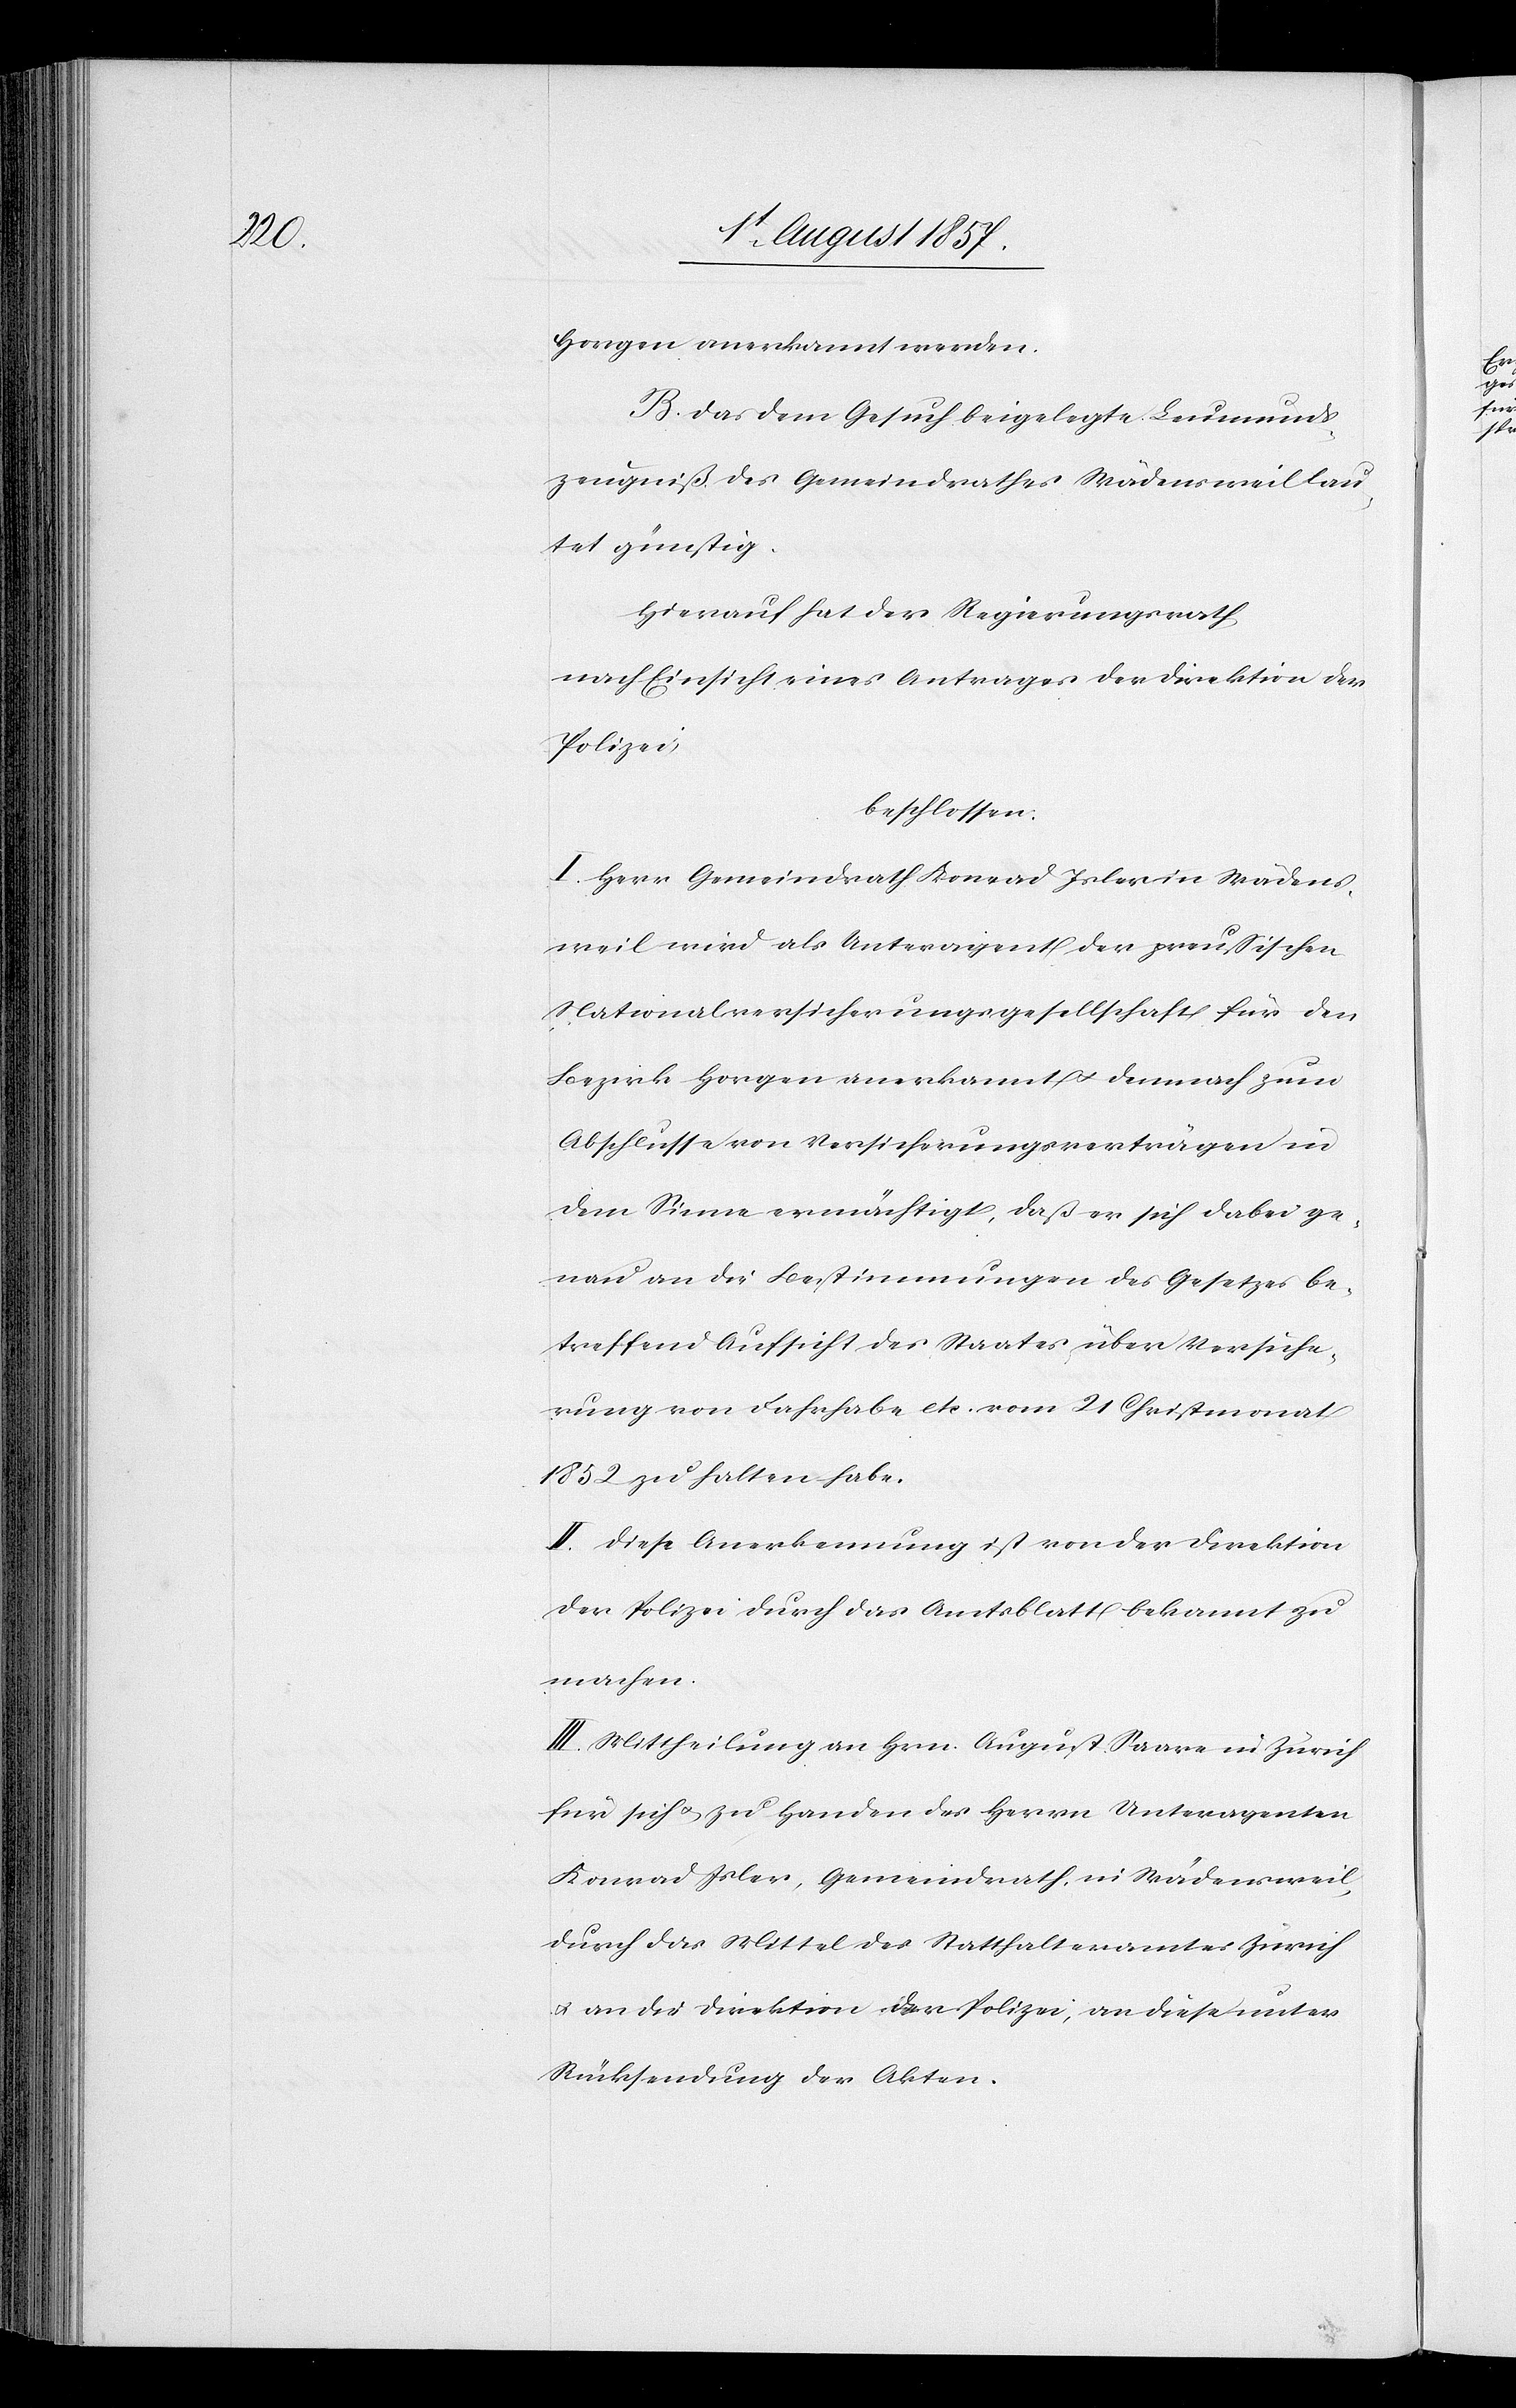
Horgen anerkannt werden.
B. Das dem Gesuch beigelegte Leumunds¬
zeugniß des Gemeindrathes Wädensweil lau¬
tet günstig.
Hierauf hat der Regierungsrath,
nach Einsicht eines Antrages der Direktion der
Polizei,
beschlossen:
I. Herr Gemeindrath Konrad Isler in Wädens¬
weil wird als Unteragent der preußischen
Nationalversicherungsgesellschaft für den
Bezirk Horgen anerkannt & demnach zum
Abschlusse von Versicherungsverträgen in
dem Sinne ermächtigt, daß er sich dabei ge¬
nau an die Bestimmungen des Gesetzes be¬
treffend Aufsicht des Staates über Versiche¬
rung von Fahrhabe etc. vom 21 Christmonat
1852 zu halten habe.
II. Diese Anerkennung ist von der Direktion
der Polizei durch das Amtsblatt bekannt zu
machen.
III. Mittheilung an Hrn. August Saare in Zürich
für sich & zu Handen des Herrn Unteragenten
Konrad Isler, Gemeindrath in Wädensweil,
durch das Mittel des Statthalteramtes Zürich
& an die Direktion der Polizei, an diese unter
Rücksendung der Akten.